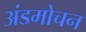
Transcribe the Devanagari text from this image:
अंडमोचन